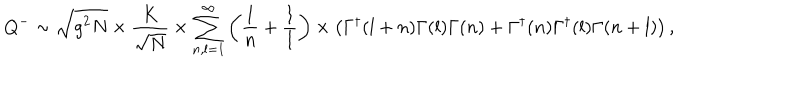
Q ^ { - } \sim \sqrt { g ^ { 2 } N } \times \frac { K } { \sqrt { N } } \times \sum _ { n , l = 1 } ^ { \infty } \left( \frac { 1 } { n } + \frac { 1 } { l } \right) \times \left( \Gamma ^ { \dagger } ( l + n ) \Gamma ( l ) \Gamma ( n ) + \Gamma ^ { \dagger } ( n ) \Gamma ^ { \dagger } ( l ) \Gamma ( n + l ) \right) ,